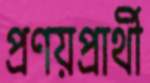
প্রণয়প্রার্থী